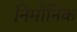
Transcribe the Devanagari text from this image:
निमोनिक